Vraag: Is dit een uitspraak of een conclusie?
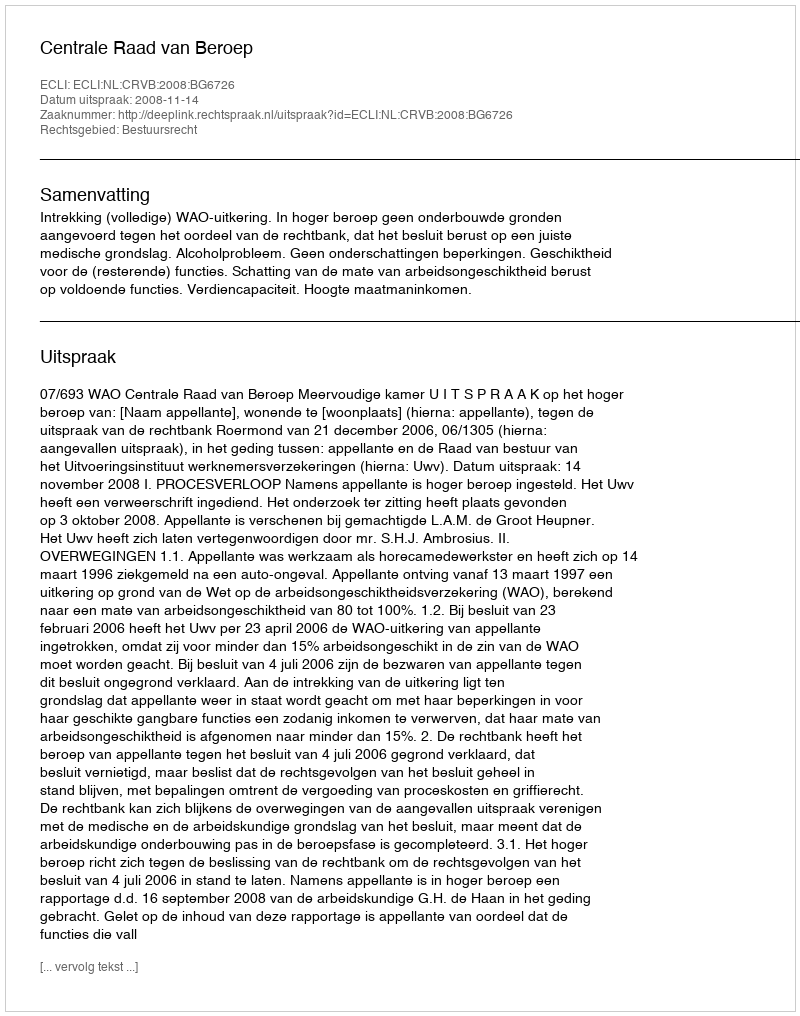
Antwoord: Uitspraak